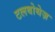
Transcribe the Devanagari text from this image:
टलबोथेज़